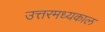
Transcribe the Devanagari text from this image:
उत्तरमध्यकाल